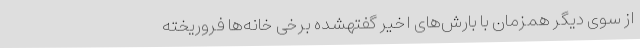
از سوی دیگر همزمان با بارش‌های اخیر گفتهشده برخی خانه‌ها فروریخته